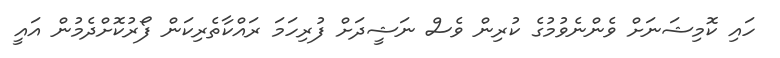
ހައި ކޮމިޝަނަށް ވެންނެވުމުގެ ކުރިން ވެސް ނަޝީދަށް ފުރިހަމަ ރައްކާތެރިކަން ފޯރުކޮށްދެމުން އައީ